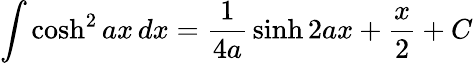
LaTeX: \int\cosh^{2}ax\, dx={\frac{1}{4a}}\sinh 2ax+{\frac{x}{2}}+C